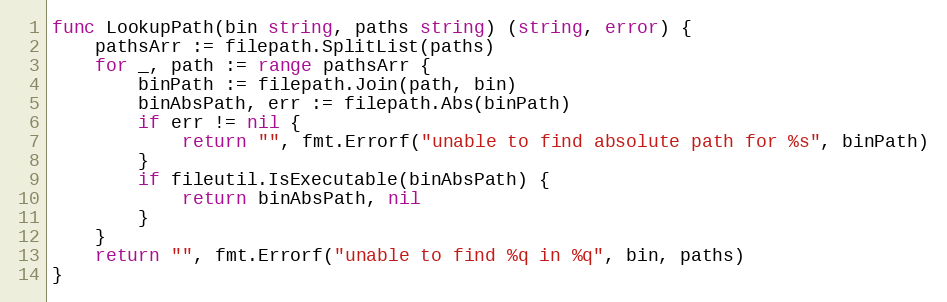
Language: Go
func LookupPath(bin string, paths string) (string, error) {
	pathsArr := filepath.SplitList(paths)
	for _, path := range pathsArr {
		binPath := filepath.Join(path, bin)
		binAbsPath, err := filepath.Abs(binPath)
		if err != nil {
			return "", fmt.Errorf("unable to find absolute path for %s", binPath)
		}
		if fileutil.IsExecutable(binAbsPath) {
			return binAbsPath, nil
		}
	}
	return "", fmt.Errorf("unable to find %q in %q", bin, paths)
}